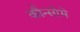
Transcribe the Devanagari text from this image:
कौन्सोमे